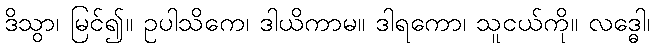
ဒိသွာ၊ မြင်၍။ ဥပါသိကေ၊ ဒါယိကာမ။ ဒါရကော၊ သူငယ်ကို။ လဒ္ဓေါ၊